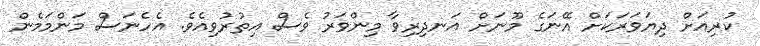
ކުރިއަށް ދިޔަވަރަކަށް އޭނަގެ މޫނަށް އަނދިރިވާ މިންވަރު ވެސް އިތުރުވިއެވެ. އެހެނަސް މަންމަމެން